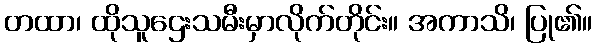
တထာ၊ ထိုသူဌေးသမီးမှာလိုက်တိုင်း။ အကာသိ၊ ပြု၏။